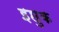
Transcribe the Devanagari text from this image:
इछुक